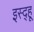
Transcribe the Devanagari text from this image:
इस्द्हू